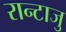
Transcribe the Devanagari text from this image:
रान्टाजु